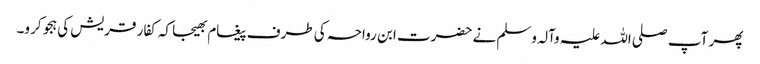
پھر آپ صلی اللہ علیہ وآلہ وسلم نے حضرت ابن رواحہ کی طرف پیغام بھیجا کہ کفار قریش کی ہجو کرو۔